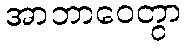
အာဘာဝေတွာ